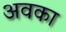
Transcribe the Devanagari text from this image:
अवका